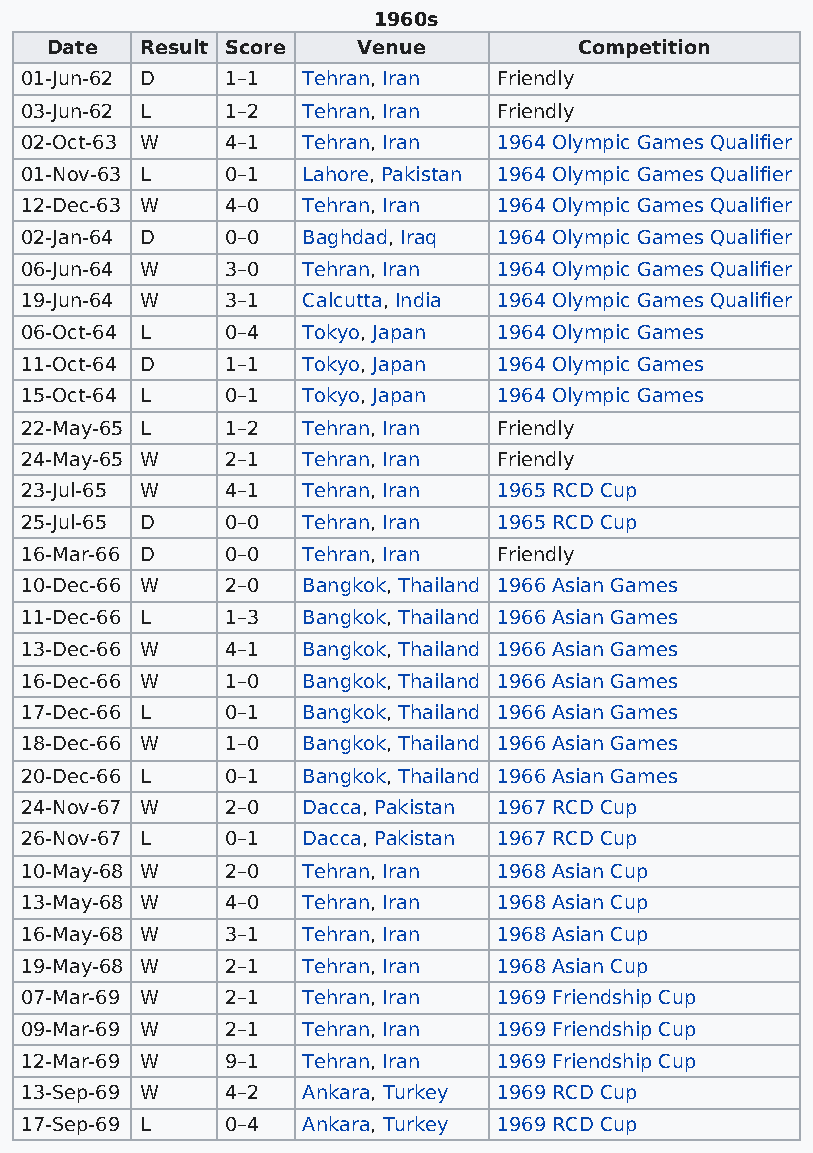
1960s
 Date  Result Score   Venue         Competition
 01-Jun-62 D   1–1  Tehran, Iran Friendly
 03-Jun-62 L   1–2  Tehran, Iran Friendly
 02-Oct-63 W   4–1  Tehran, Iran 1964 Olympic Games Qualifier
 01-Nov-63 L   0–1  Lahore, Pakistan 1964 Olympic Games Qualifier
 12-Dec-63 W   4–0  Tehran, Iran 1964 Olympic Games Qualifier
 02-Jan-64 D   0–0  Baghdad, Iraq 1964 Olympic Games Qualifier
 06-Jun-64 W   3–0  Tehran, Iran 1964 Olympic Games Qualifier
 19-Jun-64 W   3–1  Calcutta, India 1964 Olympic Games Qualifier
 06-Oct-64 L   0–4  Tokyo, Japan 1964 Olympic Games
 11-Oct-64 D   1–1  Tokyo, Japan 1964 Olympic Games
 15-Oct-64 L   0–1  Tokyo, Japan 1964 Olympic Games
 22-May-65 L   1–2  Tehran, Iran Friendly
 24-May-65 W   2–1  Tehran, Iran Friendly
 23-Jul-65 W   4–1  Tehran, Iran 1965 RCD Cup
 25-Jul-65 D   0–0  Tehran, Iran 1965 RCD Cup
 16-Mar-66 D   0–0  Tehran, Iran Friendly
 10-Dec-66 W   2–0  Bangkok, Thailand 1966 Asian Games
 11-Dec-66 L   1–3  Bangkok, Thailand 1966 Asian Games
 13-Dec-66 W   4–1  Bangkok, Thailand 1966 Asian Games
 16-Dec-66 W   1–0  Bangkok, Thailand 1966 Asian Games
 17-Dec-66 L   0–1  Bangkok, Thailand 1966 Asian Games
 18-Dec-66 W   1–0  Bangkok, Thailand 1966 Asian Games
 20-Dec-66 L   0–1  Bangkok, Thailand 1966 Asian Games
 24-Nov-67 W   2–0  Dacca, Pakistan 1967 RCD Cup
 26-Nov-67 L   0–1  Dacca, Pakistan 1967 RCD Cup
 10-May-68 W   2–0  Tehran, Iran 1968 Asian Cup
 13-May-68 W   4–0  Tehran, Iran 1968 Asian Cup
 16-May-68 W   3–1  Tehran, Iran 1968 Asian Cup
 19-May-68 W   2–1  Tehran, Iran 1968 Asian Cup
 07-Mar-69 W   2–1  Tehran, Iran 1969 Friendship Cup
 09-Mar-69 W   2–1  Tehran, Iran 1969 Friendship Cup
 12-Mar-69 W   9–1  Tehran, Iran 1969 Friendship Cup
 13-Sep-69 W   4–2  Ankara, Turkey 1969 RCD Cup
 17-Sep-69 L   0–4  Ankara, Turkey 1969 RCD Cup